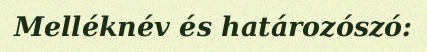
Melléknév és határozószó: